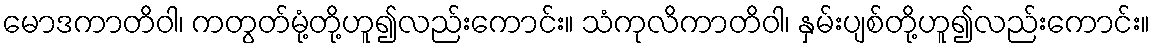
မောဒကာတိဝါ၊ ကတွတ်မုံ့တို့ဟူ၍လည်းကောင်း။ သံကုလိကာတိဝါ၊ နှမ်းပျစ်တို့ဟူ၍လည်းကောင်း။